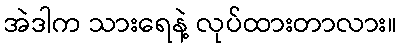
အဲဒါက သားရေနဲ့ လုပ်ထားတာလား။